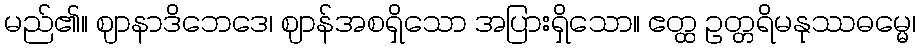
မည်၏။ ဈာနာဒိဘေဒေ၊ ဈာန်အစရှိသော အပြားရှိသော။ ဧတ္ထ ဥတ္တရိမနုဿဓမ္မေ၊